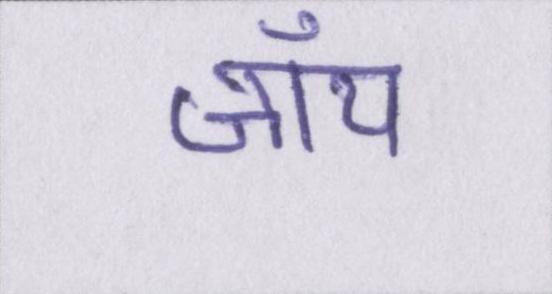
जॉय